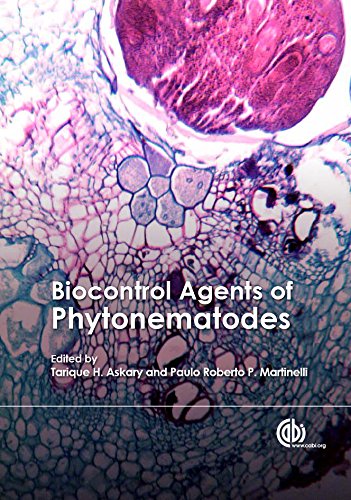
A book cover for Biocontrol Agents of Phytonematodes; Science & Math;